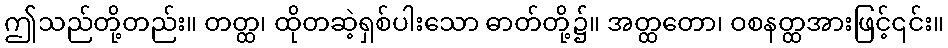
ဤသည်တို့တည်း။ တတ္ထ၊ ထိုတဆဲ့ရှစ်ပါးသော ဓာတ်တို့၌။ အတ္ထတော၊ ဝစနတ္ထအားဖြင့်၎င်း။